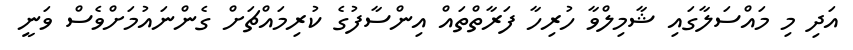
އަދި މި މައްސަލާގައި ޝާމިލްވާ ހުރިހާ ފަރާތްތައް އިންސާފުގެ ކުރިމައްޗަށް ގެންނައުމަށްވެސް ވަނީ